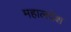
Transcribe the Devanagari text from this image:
महालदेश